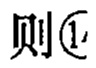
则\textcircled{1}